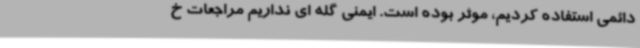
دائمی استفاده کردیم، موثر بوده است. ایمنی گله ای نداریم مراجعات خ